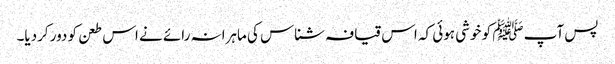
پس آپ ﷺ کو خوشی ہوئی کہ اس قیافہ شناس کی ماہرانہ رائے نے اس طعن کو دور کردیا۔